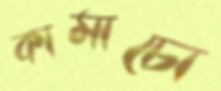
কামাচো